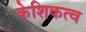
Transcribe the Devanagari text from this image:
केशिकत्व